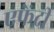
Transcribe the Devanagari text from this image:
एफेंदी